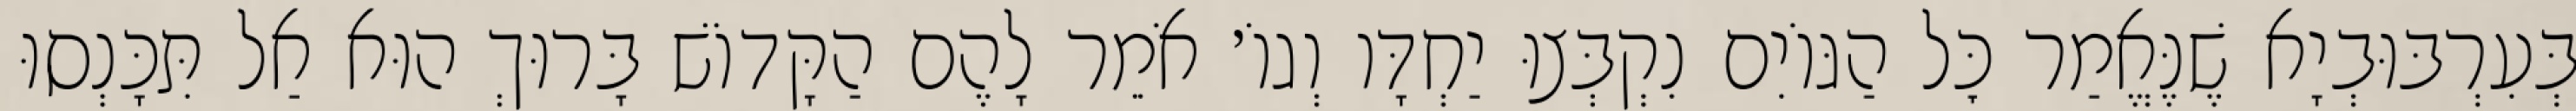
בְּעִרְבּוּבְיָא שֶׁנֶּאֱמַר כׇּל הַגּוֹיִם נִקְבְּצוּ יַחְדָּו וְגוֹ׳ אֹמֵר לָהֶם הַקָּדוֹשׁ בָּרוּךְ הוּא אַל תִּכָּנְסוּ